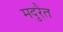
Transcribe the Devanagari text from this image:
मदुरैत